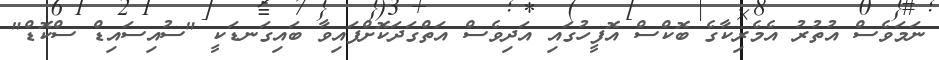
ނަމަވެސް އުތުރު އެމެރިކާގެ ބޮކްސް އޮފީހުގައި އަދިވެސް އަތްގަދަކޮށްފައިވާ ބައިގަނޑަކީ "ސުއިސައިޑް ސްކޮޑް"